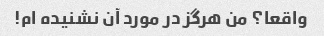
واقعا؟ من هرگز در مورد آن نشنیده ام!